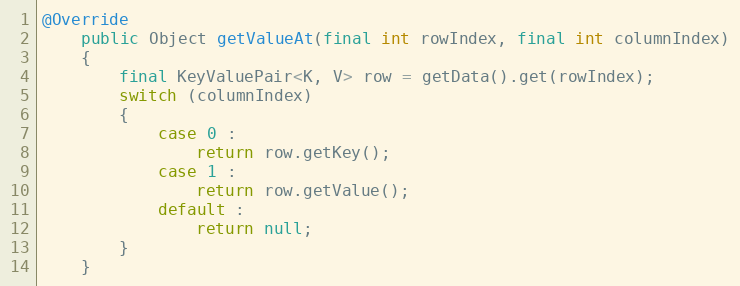
Language: Java
@Override
	public Object getValueAt(final int rowIndex, final int columnIndex)
	{
		final KeyValuePair<K, V> row = getData().get(rowIndex);
		switch (columnIndex)
		{
			case 0 :
				return row.getKey();
			case 1 :
				return row.getValue();
			default :
				return null;
		}
	}